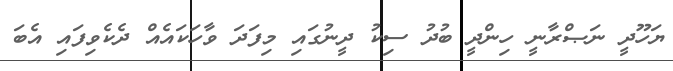
ޔަހޫދީ ނަޞްރާނީ ހިންދީ ބުދު ސިކު ދީނުގައި މިފަދަ ވާހަކައެއް ދެކެވިފައި އެބަ